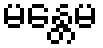
မန္တေမ